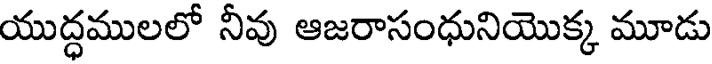
యుద్ధములలో నీవు ఆజరాసంధునియొక్క మూడు